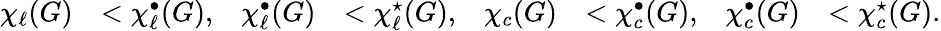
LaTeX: \begin{array}{rlrlrlrl}{\chi_{\ell}(G)}&{<\chi_{\ell}^{\bullet}(G),}&{\chi_{\ell}^{\bullet}(G)}&{<\chi_{\ell}^{\star}(G),}&{\chi_{c}(G)}&{<\chi_{c}^{\bullet}(G),}&{\chi_{c}^{\bullet}(G)}&{<\chi_{c}^{\star}(G).}\end{array}